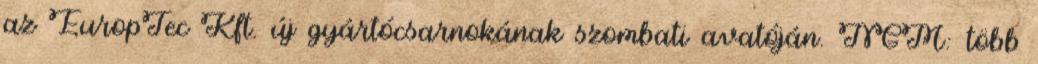
az EuropTec Kft. új gyártócsarnokának szombati avatóján. NGM: több